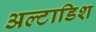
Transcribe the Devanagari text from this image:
अल्टाडिश